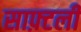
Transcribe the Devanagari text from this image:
साफ़्टली